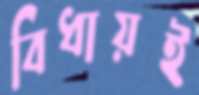
বিধায়ই